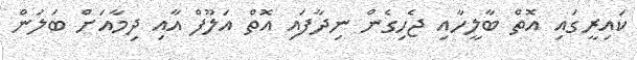
ކައިރީގައި އޮތް ބާލީހާއި ޖެހިގެން ނިދާފައި އޮތް އަލޫފް އާއި ދިމާއަށް ބަލަން